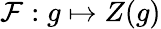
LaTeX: \mathcal{F}:g\mapsto Z(g)